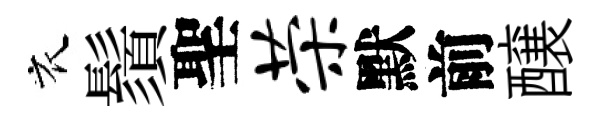
衣鬚聖荣默前醸